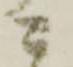
ニ